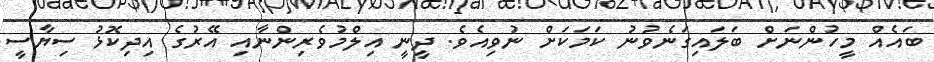
ބައެއް މީހުންނަށް ބަލައިގަނެވުނު ކަމަކަށް ނުވިއެވެ. ދީނީ އިލްމުވެރިންނާއި އޭރުގެ އިދިކޮޅު ސިޔާސީ